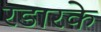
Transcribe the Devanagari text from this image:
रडारके